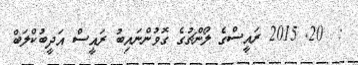
:  20